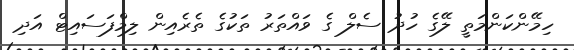
ހިމޭންކަންމަތީ ލޭގެ ހުދު ސެލް ގެ ވައްތަރު ތަކުގެ ތެރެއިން ލިމްފަސައިޓް އަދި